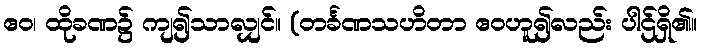
ဧဝ၊ ထိုခဏ၌ ကျ၍သာလျှင်။ (တင်္ခဏသဟိတာ ဧဝဟူ၍လည်း ပါဌ်ရှိ၏။